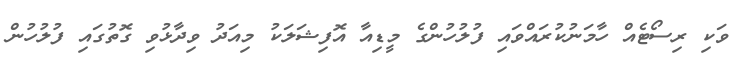
ވަކި ރިސޯޓެއް ހާމަނުކުރައްވައި ފުލުހުންގެ މީޑިއާ އޮފިޝަލަކު މިއަދު ވިދާޅުވި ގޮތުގައި ފުލުހުން